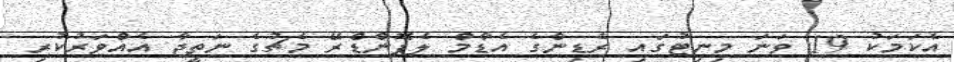
އެކަމަކު 19 ވަނަ މިނިޓުގައި ރެޑިންގެ އެޑާމް ލެފޮންޑްރޭ މެޗުގެ ނަތީޖާ އެއްވަރުކުރި